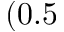
( 0 . 5